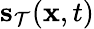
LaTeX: \mathbf{\boldsymbol{s}}_{\mathcal{T}}(\mathbf{\boldsymbol{x}},t)